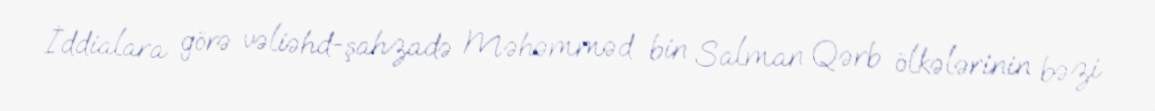
İddialara görə vəliəhd-şahzadə Məhəmməd bin Salman Qərb ölkələrinin bəzi